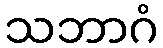
သဘာဂံ